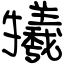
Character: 犧